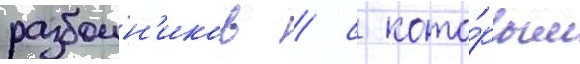
разбоин'иков / с кото́рым